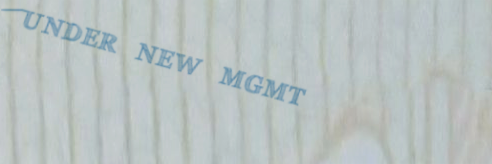
UNDER NEW MGMT